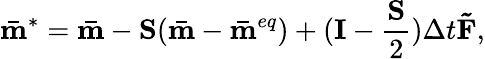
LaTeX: {{\mathbf{\bar{m}}}^{*}}={\mathbf{\bar{m}}}-{\mathbf{S}}({\mathbf{\bar{m}}}-{{\mathbf{\bar{m}}}^{eq}})+({\mathbf{I}}-\frac{{\mathbf{S}}}{2})\Delta t{\mathbf{\tilde{F}}},